Indian journal of veterinary science and animal husbandry - Volume 3,
Year: 1933
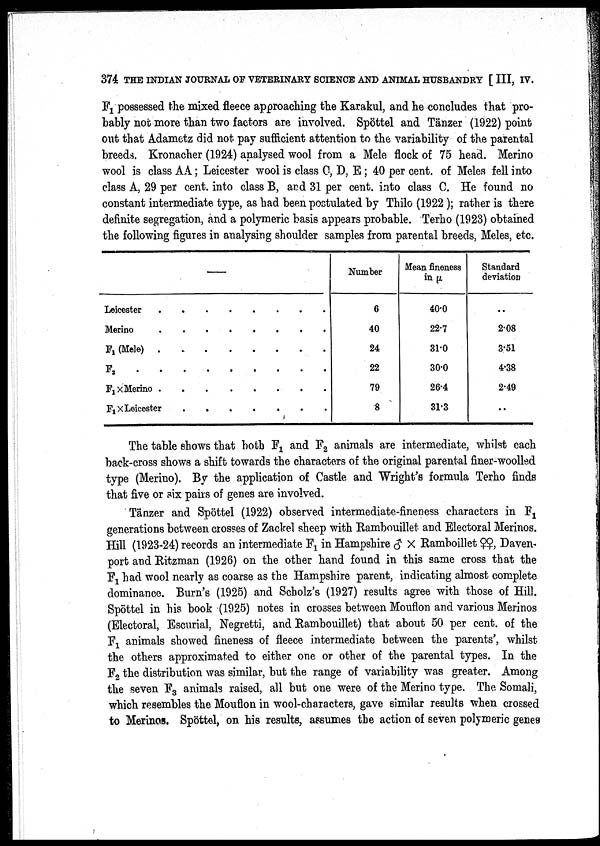
374 THE INDIAN JOURNAL OF VETERINARY SCIENCE AND ANIMAL HUSBANDRY [ III, IV.
F 1 possessed the mixed fleece approaching the Karakul, and he concludes that pro
bably not more than two factors are involved. Spöttel and Tänzer (1922) point
out that Adametz did not pay sufficient attention to the variability of the parental
breeds. Kronacher (1924) analysed wool from a Mele flock of 75 head. Merino
wool is class AA ; Leicester wool is class C, D, E; 40 per cent. of Meles fell into
class A, 29 per cent. into class B, and 31 per cent. into class C. He found no
constant intermediate type, as had been postulated by Thilo (1922); rather is there
definite segregation, and a polymeric basis appears probable. Terho (1923) obtained
the following figures in analysing shoulder samples from parental breeds, Meles, etc.
—
Leicester
Merino
F 1 (Mele)
F 2
F 1 ×Merino ...
.....
F 1 ×Leicester
.......
Number
6
40
24
22
79
8
Mean fineness
in µ
40.0
22.7
31.0
30.0
26.4
31.3
Standard
deviation
..
2.08
3.51
4.38
2.49
..
The table shows that both F 1 and F 2 animals are intermediate, whilst each
back-cross shows a shift towards the characters of the original parental finer-woolled
type (Merino). By the application of Castle and Wright's formula Terho finds
that five or six pairs of genes are involved.
Tänzer and Spöttel (1922) observed intermediate-fineness characters in F 1
generations between crosses of Zackel sheep with Rambouillet and Electoral Merinos.
Hill (1923-24) records an intermediate F 1 in Hampshire ♂ × Ramboillet ♀♀, Daven
port and Ritzman (1926) on the other hand found in this same cross that the
F 1 had wool nearly as coarse as the Hampshire parent, indicating almost complete
dominance. Burn's (1925) and Scholz's (1927) results agree with those of Hill.
Spöttel in his book (1925) notes in crosses between Mouflon and various Merinos
(Electoral, Escurial, Negretti, and Rambouillet) that about 50 per cent. of the
F 1 animals showed fineness of fleece intermediate between the parents', whilst
the others approximated to either one or other of the parental types. In the
F 2 the distribution was similar, but the range of variability was greater. Among
the seven F 3 animals raised, all but one were of the Merino type. The Somali,
which resembles the Mouflon in wool-characters, gave similar results when crossed
to Merinos. Spöttel, on his results, assumes the action of seven polymeric genes